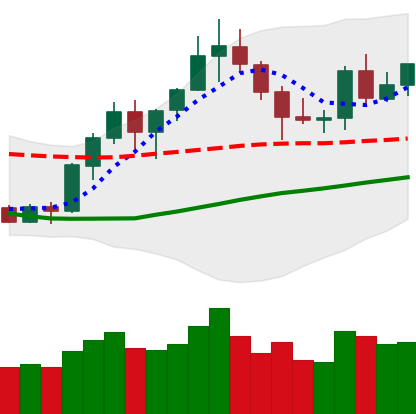
Ticker: BNB-USD
Chart end date: 2020-07-22
Forward return: 8.448%
Label: up_7plus